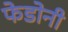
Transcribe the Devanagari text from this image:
फेडोनी